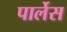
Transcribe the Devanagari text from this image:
पार्लेस